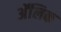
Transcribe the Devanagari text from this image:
अॅलिक